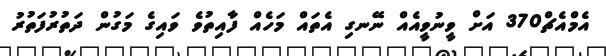
އެމްއެޗް370 އަށް ވީނުވީއެއް ނޭނގި އެތައް މަހެއް ފާއިތުވެ ވައިގެ މަގުން ދަތުރުފަތުރު